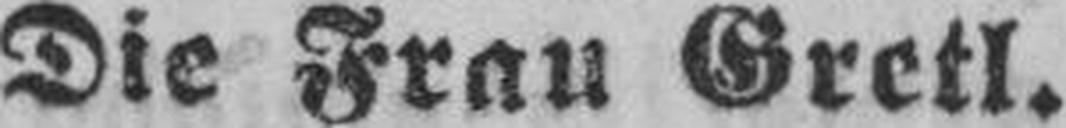
Die Frau Gretl.